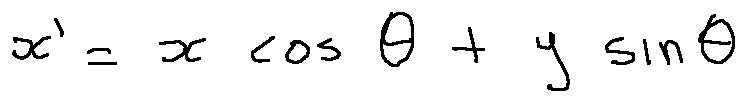
x ^ { \prime } = x \cos \theta + y \sin \theta